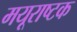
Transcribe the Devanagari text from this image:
मयूराष्टक